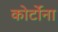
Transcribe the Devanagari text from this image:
कोर्टोना